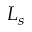
L _ { s }